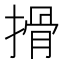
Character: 搰